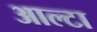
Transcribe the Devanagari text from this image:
आल्टा